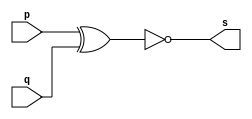
// --------------------- 
// Exemplo0008 - xnor 
// Nome: Ursula Rosa Monteiro de Castro 
// --------------------- 
// --------------------- 
// -- xnor gate 
// --------------------- 
module xnorgate (output s, input p, input q); 
assign s = ~(p^q); 

endmodule      // xnor 
// --------------------- 
// -- test xnorgate 
// --------------------- 
module testxnorgate; 
// ------------------------- dados locais 
reg  a,b;       // definir registrador 
wire  s;        // definir conexao (fio) 
// ------------------------- instancia 
xnorgate XNOR1 (s, a, b); 
// ------------------------- preparacao 
initial begin:start 
a=0;     
b=0;    
end 
// ------------------------- parte principal 
initial begin:main 
$display("Exemplo0008 - Ursula Rosa - 427468"); 
$display("Test xnor gate"); 
$display("\n a ~^ b = s\n"); 
$monitor("%b ~^ %b = %b" , a, b, s);
#1  a=0; b=0;
#1  a=0; b=1;
#1  a=1; b=0;
#1  a=1; b=1;
end 
endmodule  // testxnorgate